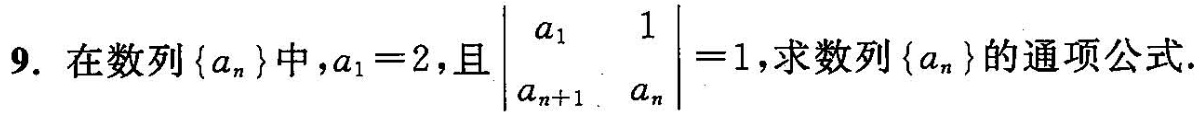
9.在数列 \left \{ a_{n} \right \} 中， $$a _ { 1 } = 2$$ ，且 $$\left | \begin {array} { c c } a _ { 1 } & 1 \\a _ { n + 1 } & a _ { n } \end {array} \right | = 1$$ ，求数列\left \{ a_{n} \right \} 的通项公式.